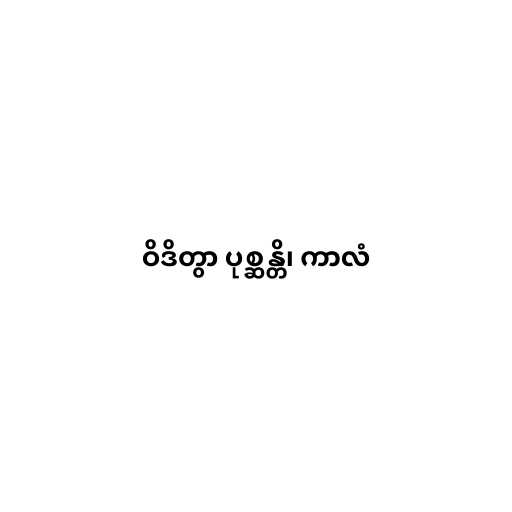
ဝိဒိတွာ ပုစ္ဆန္တိ၊ ကာလံ